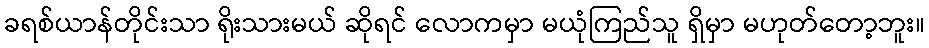
ခရစ်ယာန်တိုင်းသာ ရိုးသားမယ် ဆိုရင် လောကမှာ မယုံကြည်သူ ရှိမှာ မဟုတ်တော့ဘူး။